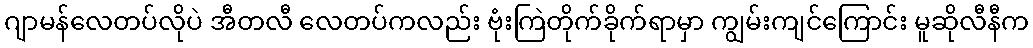
ဂျာမန်လေတပ်လိုပဲ အီတလီ လေတပ်ကလည်း ဗုံးကြဲတိုက်ခိုက်ရာမှာ ကျွမ်းကျင်ကြောင်း မူဆိုလီနီက